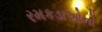
રમકડાઓનો